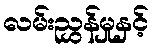
လမ်းညွှန်မှုနှင့်